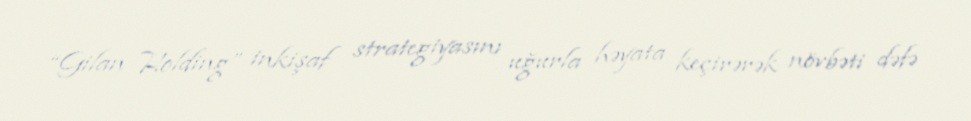
“Gilan Holding” inkişaf strategiyasını uğurla həyata keçirərək növbəti dəfə